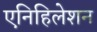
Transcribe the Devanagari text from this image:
एनिहिलेशन